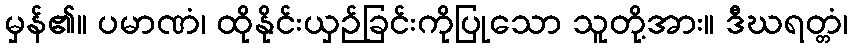
မှန်၏။ ပမာဏံ၊ ထိုနိုင်းယှဉ်ခြင်းကိုပြုသော သူတို့အား။ ဒီဃရတ္တံ၊